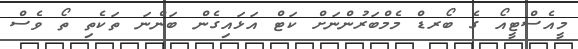
މީއެސްޓީއޯ ގެ ބޯރޑް މެމްބަރުންނަށް ކަޓް އަޅައިގެން ބަންނަ ތަކެތި ތޯ ވެސް